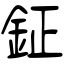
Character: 鉦